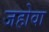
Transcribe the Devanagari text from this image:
जहोवा